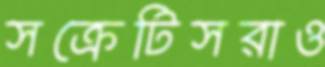
সক্রেটিসরাও